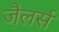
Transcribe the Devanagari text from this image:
जैलर्स